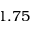
1 . 7 5